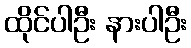
ထိုင်ပါဦး နားပါဦး